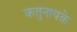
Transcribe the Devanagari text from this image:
कतुनायके